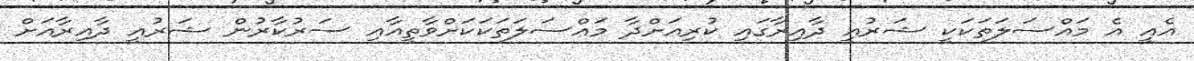
އެއީ އެ މައްސަލަތަކަކީ ޝަރުއީ ދާއިރާގައި ކުރިއަށްދާ މައްސަލަތަކަކަށްވާތީއާއި ސަރުކާރުން ޝަރުއީ ދާއިރާއަށް